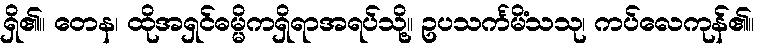
ရှိ၏။ တေန၊ ထိုအရှင်ဓမ္မိကရှိရာအရပ်သို့။ ဥပသင်္ကမိံသသု၊ ကပ်လေကုန်၏။